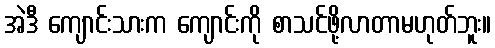
အဲဒီ ကျောင်းသားက ကျောင်းကို စာသင်ဖို့လာတာမဟုတ်ဘူး။